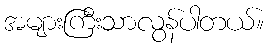
အများကြီးသာလွန်ပါတယ်။